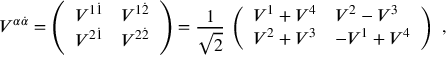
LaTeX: V ^ { \alpha \dot { \alpha } } = \left( \begin{array} { l l } { { V ^ { 1 \dot { 1 } } } } & { { V ^ { 1 \dot { 2 } } } } \\ { { V ^ { 2 \dot { 1 } } } } & { { V ^ { 2 \dot { 2 } } } } \end{array} \right) = { \frac { 1 } { \sqrt 2 } } \, \left( \begin{array} { l l } { { V ^ { 1 } + V ^ { 4 } } } & { { V ^ { 2 } - V ^ { 3 } } } \\ { { V ^ { 2 } + V ^ { 3 } } } & { { - V ^ { 1 } + V ^ { 4 } } } \end{array} \right) \ ,